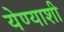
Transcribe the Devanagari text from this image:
येण्याशी